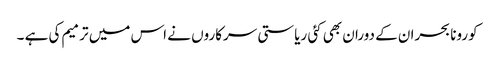
کورونا بحران کے دوران بھی کئی ریاستی سرکاروں نے اس میں ترمیم کی ہے ۔